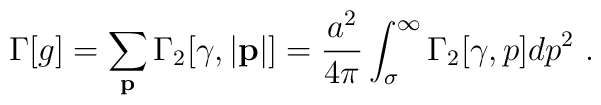
\Gamma[g]=\sum_{\bf p} \Gamma_2[\gamma,|{\bf p}|]={a^2 \over 4\pi}\int^\infty_\sigma \Gamma_2[\gamma,p] dp^2 ~.